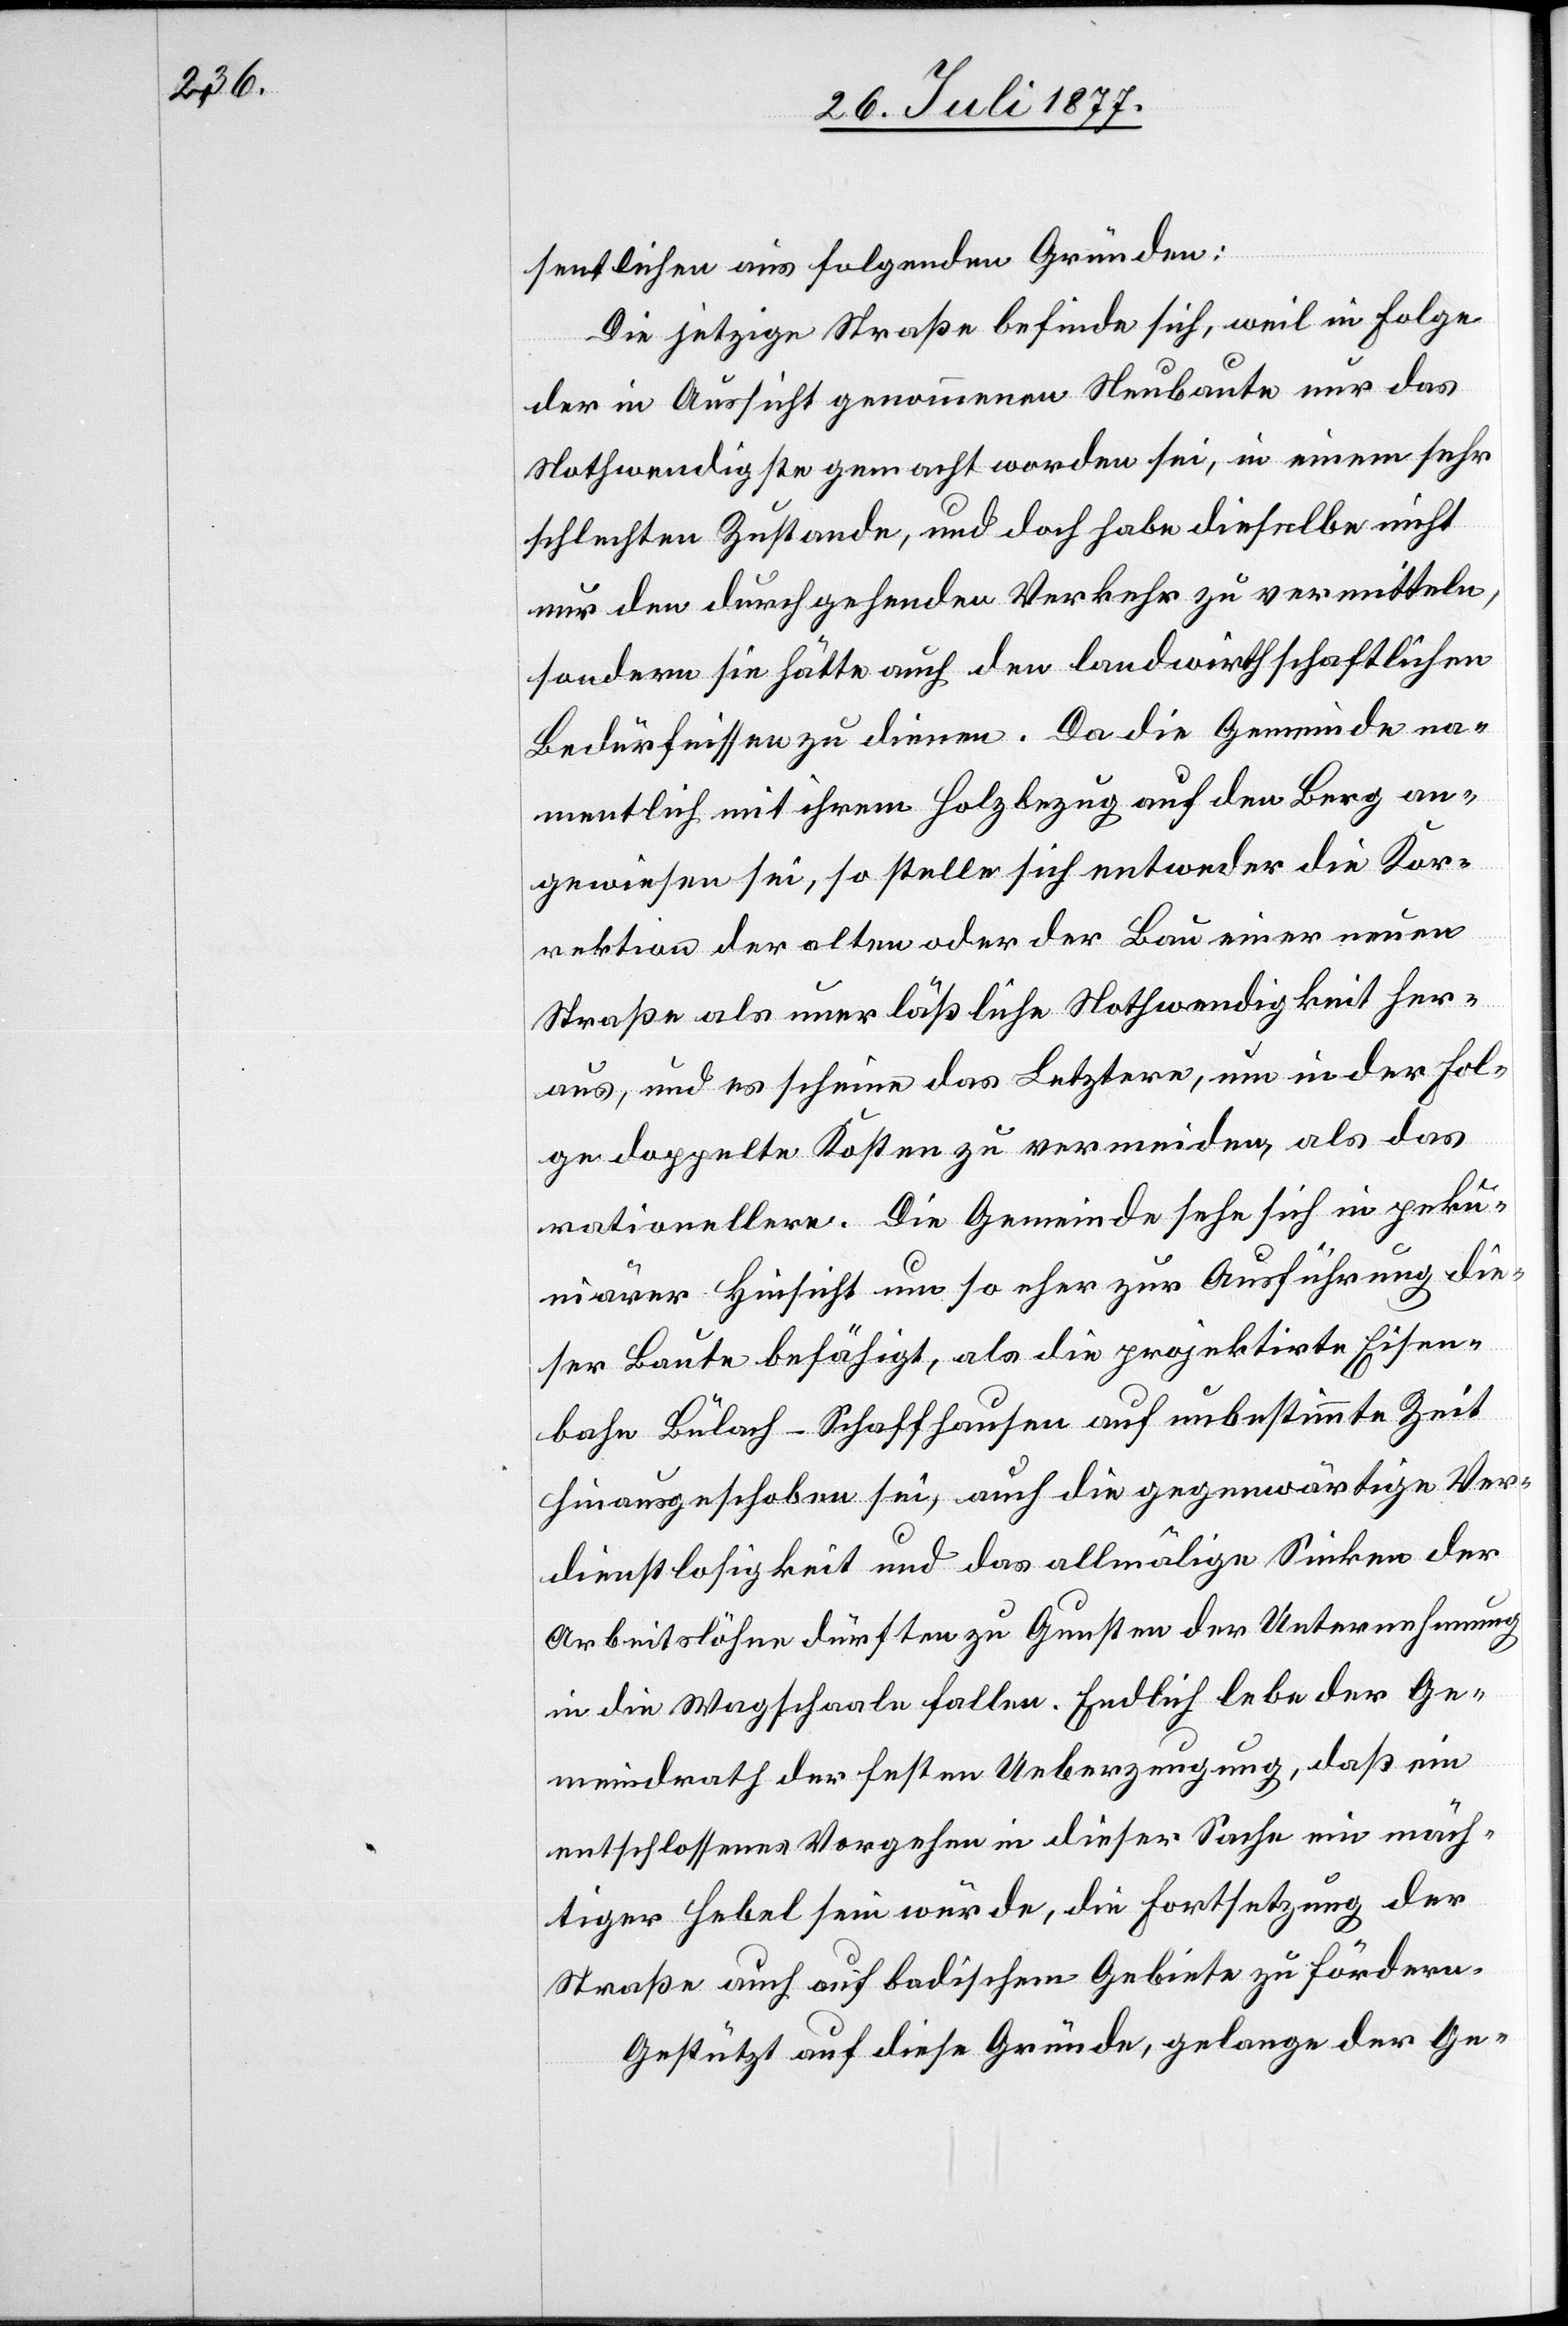
sentlichen aus folgenden Gründen:
Die jetzige Straße befinde sich, weil in Folge
der in Aussicht genommenen Neubaute nur das
Nothwendigste gemacht worden sei, in einem sehr
schlechten Zustande, und doch habe dieselbe nicht
nur den durchgehenden Verkehr zu vermitteln,
sondern sie hätte auch den landwirthschaftlichen
Bedürfnissen zu dienen. Da die Gemeinde na¬
mentlich mit ihrem Holzbezug auf den Berg an¬
gewiesen sei, so stelle sich entweder die Kor¬
rektion der alten oder der Bau einer neuen
Straße als unerläßliche Nothwendigkeit her¬
aus, und es scheine das Letztere, um in der Fol¬
ge doppelte Kosten zu vermeiden, als das
rationellere. Die Gemeinde sehe sich in peku¬
niärer Hinsicht um so eher zur Ausführung die¬
ser Baute befähigt, als die projektirte Eisen¬
bahn Bülach–Schaffhausen auf unbestimmte Zeit
hinausgeschoben sei, auch die gegenwärtige Ver¬
dienstlosigkeit und das allmälige Sinken der
Arbeitslöhne dürften zu Gunsten der Unternehmung
in die Wagschaale fallen. Endlich lebe der Ge¬
meindrath der festen Ueberzeugung, daß ein
entschlossenes Vorgehen in dieser Sache ein mäch¬
tiger Hebel sein würde, die Fortsetzung der
Straße auch auf badischem Gebiete zu fördern.
Gestützt auf diese Gründe, gelange der Ge-